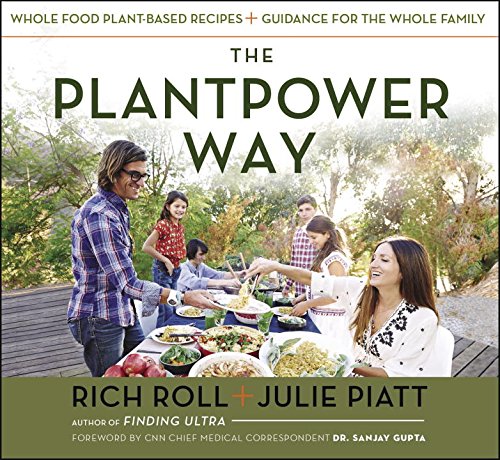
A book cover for The Plantpower Way: Whole Food Plant-Based Recipes and Guidance for The Whole Family; Rich Roll; Cookbooks, Food & Wine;